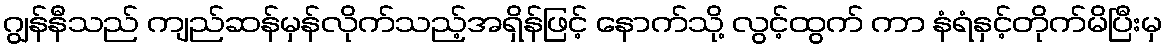
ဂျွန်နီသည် ကျည်ဆန်မှန်လိုက်သည့်အရှိန်ဖြင့် နောက်သို့ လွင့်ထွက် ကာ နံရံနှင့်တိုက်မိပြီးမှ